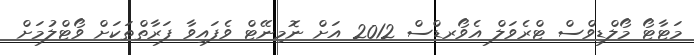
މަޓާޓޯ މޯލްޑިވްސް ޓްރެވަލް އެވޯރޑްސް 2012 އަށް ނޮމިނޭޓް ވެފައިވާ ފަރާތްތަކަށް ވޯޓްލުމަށް